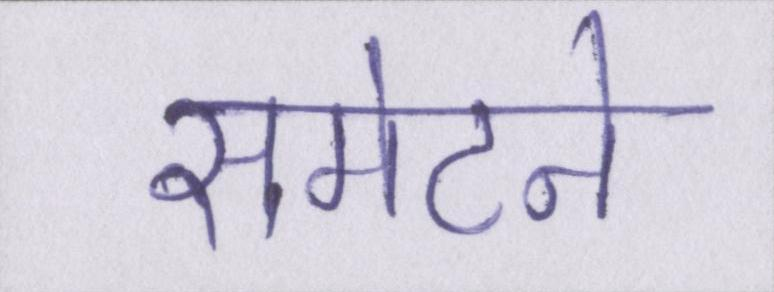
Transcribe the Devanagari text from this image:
समेटने